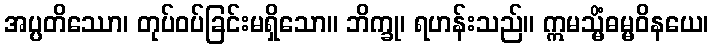
အပ္ပတိဿော၊ တုပ်ဝပ်ခြင်းမရှိသော။ ဘိက္ခု၊ ရဟန်းသည်။ ဣမသ္မိံဓမ္မဝိနယေ၊